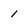
Character: 1